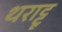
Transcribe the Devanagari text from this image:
थराट्टू